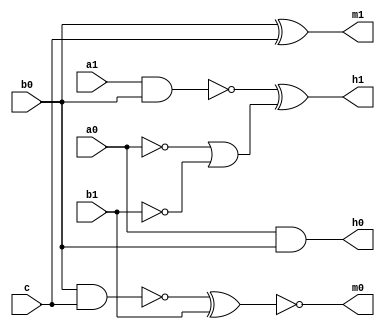
module top(a0, a1, b1, b0, c, h0, h1, m0, m1);
input a0, a1, b1, b0, c;
output h0, h1, m0, m1;
wire na, a, b, ne, e, d, na0, nb1, nb0;

and ( h0, a0, b0 );
xor ( h1, na, b );
not ( m0, d );
xor ( m1, b0, c );
and ( a, a1, b0 );
not ( na, a);
not ( na0, a0 );
not ( nb1, b1 );
or ( b, na0, nb1 );
and ( e, b0, c);
not ( ne, e );
xor ( d, ne, b1);
endmodule